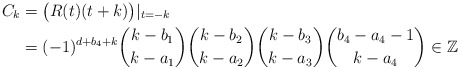
\begin{align*}C_k&=\bigl(R(t)(t+k)\bigr)|_{t=-k}\\&=(-1)^{d+b_4+k}\binom{k-b_1}{k-a_1}\binom{k-b_2}{k-a_2}\binom{k-b_3}{k-a_3}\binom{b_4-a_4-1}{k-a_4}\in\mathbb Z\end{align*}